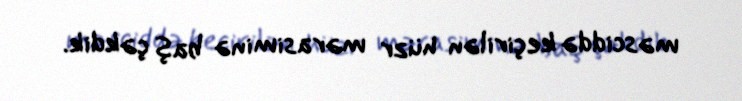
məsciddə keçirilən hüzr mərasiminə baş çəkdik.